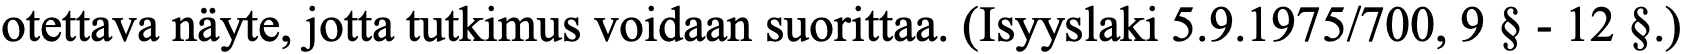
otettava näyte, jotta tutkimus voidaan suorittaa. (Isyyslaki 5.9.1975/700, 9 § - 12 §.)